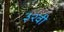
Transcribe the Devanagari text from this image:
३२वी